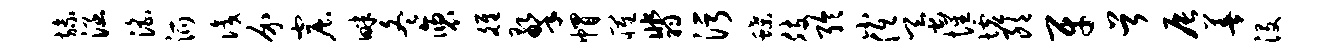
旒涵淫派识介窟畔冬褒雒擎帽罹翡污蝶肢聆小低蚕惺墟朗牙首辰善没